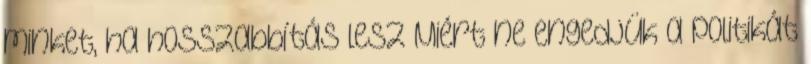
minket, ha hosszabbítás lesz Miért ne engedjük a politikát